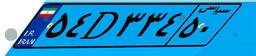
۷۷D۳۴۵۰۰